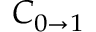
C _ { 0 \to 1 }